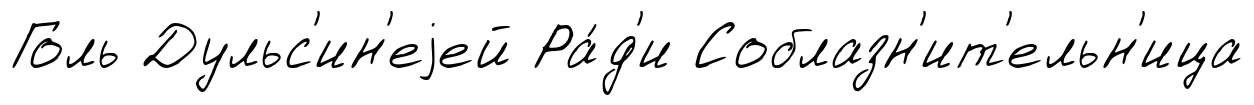
Голь Дульс'ин'еjей Ра́д'и Соблазн'ит'ельн'ица